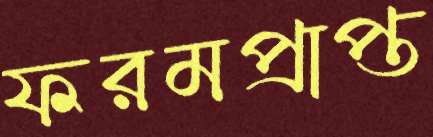
ফরমপ্রাপ্ত